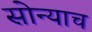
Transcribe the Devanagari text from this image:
सोन्याच